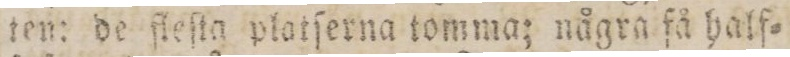
ten: de ſleſta platſerna tomma; några få half=